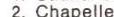
2. Chapelle